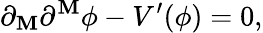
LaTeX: \partial_{\mathbf{M}}\partial^{\mathbf{M}}\phi-V^{\prime}(\phi)=0,